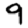
Digit: 9